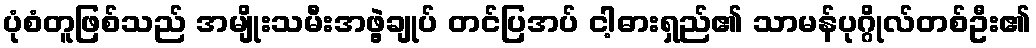
ပုံစံတူဖြစ်သည် အမျိုးသမီးအဖွဲ့ချုပ် တင်ပြအပ် ငါ့ဓားရှည်၏ သာမန်ပုဂ္ဂိုလ်တစ်ဦး၏